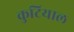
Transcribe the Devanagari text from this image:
कुटियाल